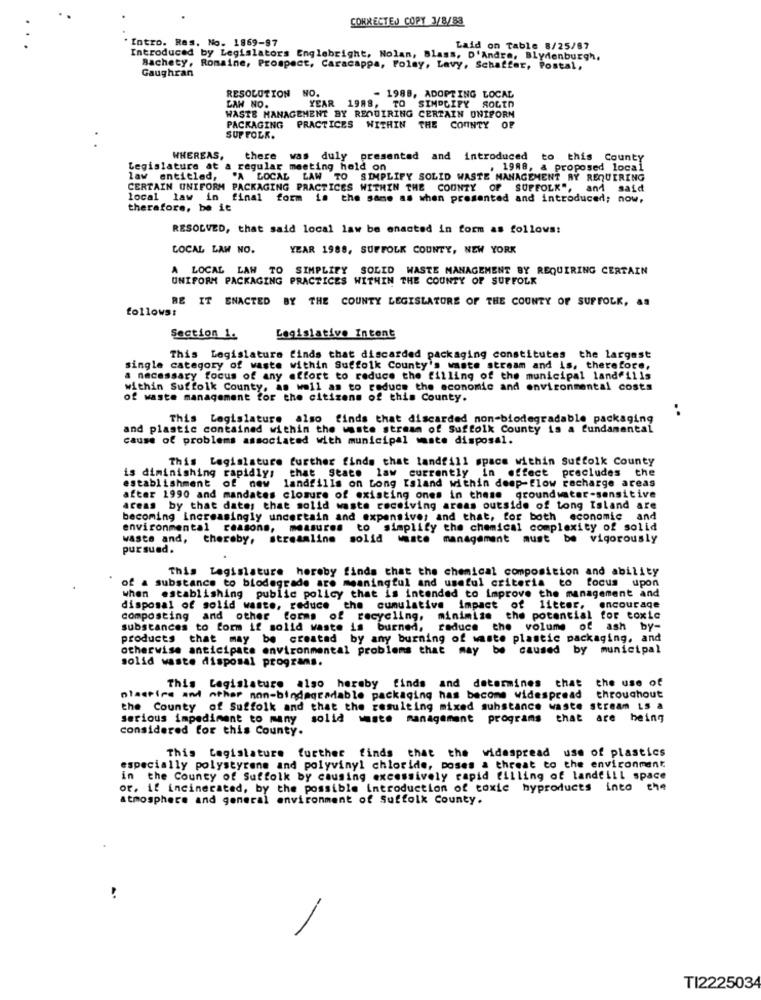
CORRECTEJ COPY 3/8/83
Intro. Res. No. 1869-87
Laid on Table 8/25/87
Introduced by Legislators Englebright, Nolan, Blass, D'Andre, Blydenburgh,
Bachety, Romaine, Prospect, Caracappa, Folay, Lavy, Schaffer, Postal,
Gaughran
RESOLUTION NO.
LAH NO.
- 1988, ADOPTING LOCAL
WASTE MANAGEMENT BY REQUIRING CERTAIN UNIFORM
YEAR 1988, TO SIMPLIFY SOLEN
PACKAGING PRACTICES WITHIN THE COUNTY OF
SUFFOLK.
WHEREAS,
there was duly presented and introduced to this County
Legislature at a regular meeting held on
1988, a proposed local
law entitled, "A LOCAL LAW TO SIMPLIFY SOLID WASTE MANAGEMENT BY REQUIRING
CERTAIN UNIFORM PACKAGING PRACTICES WITHIN THE COUNTY OF SUFFOLK", and said
local law in
final form is the same as when presented and introduced; now,
therefore, be it
RESOLVED, that said local law be enacted in form as follows:
LOCAL LAW NO.
YEAR 1988, SUFFOLK COUNTY, NEW YORK
A LOCAL LAW TO SIMPLIFY SOLID WASTE MANAGEMENT BY REQUIRING CERTAIN
UNIFORM PACKAGING PRACTICES WITHIN THE COUNTY OF SUFFOLK
BE IT ENACTED BY THE COUNTY LEGISLATORE OF THE COUNTY OF SUFFOLK, AS
follows:
Section 1.
Legislative Intent
This Legislatura finds that discarded packaging constitutes the largest
single category of waste within Suffolk County's waste stream and is, therefore,
a necessary focus of any effort to reduce the filling of the municipal landfills
within Suffolk County, as well as to reduce the economic and environmental costs
of waste management for the citizens of this County.
This Legislature also finds that discarded non-biodegradable packaging
..
and plastic contained within the waste stream of Suffolk County is a fundamental
cause of problems associated with municipal smste disposal.
This Legislature further finds that landfill space within Suffolk County
is diminishing rapidly;
that state law currently in effect precludes the
establishment of new
landfills on Long Island within deep-flow recharge areas
after 1990 and mandates closure of existing ones in these groundwater-sensitive
areas by that dates that solid waste receiving areas outside of Long Island are
becoming increasingly uncertain and expensive; and that, for both economic and
environmental reasons, measures to simplify the chemical complexity of solid
waste and, thereby, streamline solid waste management must be vigorously
pursued.
This Legislature hereby finds that the chemical composition and ability
of a substance to biodegrade are meaningful and useful criteria to focus upon
when establishing public policy that is intended to improve the management and
disposal of solid waste, reduce the cumulative impact of litter, encourage
composting and other forms of recycling, minimise the potential for toxic
substances to form if solid waste is burned,
reduce the volume of ash by-
products
that may be created by any burning of waste plastic packaging, and
otherwise anticipate environmental problems that may be caused by municipal
solid waste disposal programs.
This Legislature also hereby finds and determines that the use of
nlaspire and other non-bindagradable packaging has become widespread throughout
the County of Suffolk and that the resulting mixed substance waste stream Ls a
serious impediment to many solid waste management programs that are being
considered for this County.
This Legislature further finds that the widespread use of plastics
especially polystyrene and polyvinyl chloride, poses a threat to the environment
in the County of Suffolk by causing excessively rapid filling of landfill space
or, if incinerated, by the possible introduction of toxic hyproducts into the
atmosphere and general environment of Suffolk County.
..
--
TI222503